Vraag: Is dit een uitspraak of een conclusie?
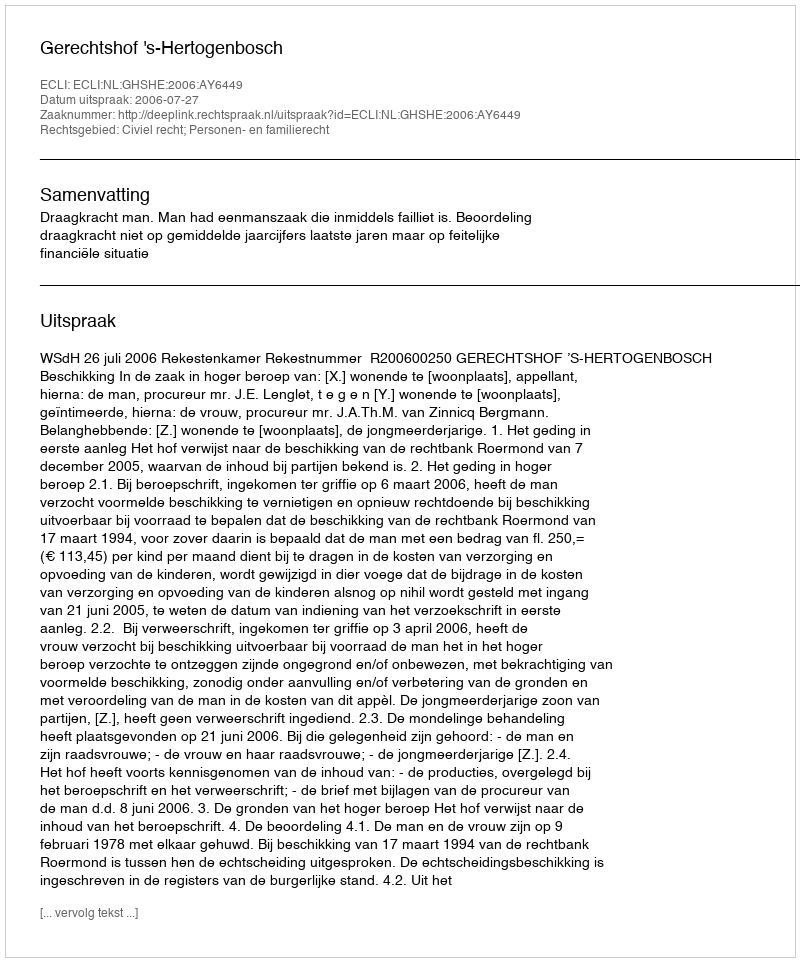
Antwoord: Uitspraak